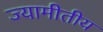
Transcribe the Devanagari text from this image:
ज्यामीतीय